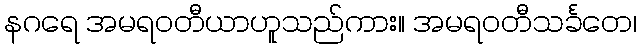
နဂရေ အမရဝတီယာဟူသည်ကား။ အမရဝတီသင်္ခတေ၊